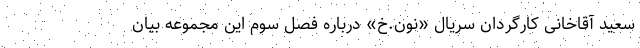
سعید آقاخانی کارگردان سریال «نون.خ» درباره فصل سوم این مجموعه بیان